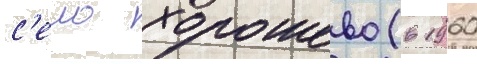
с'ело хорошево (в 1960